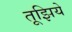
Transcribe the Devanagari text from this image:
तूझिये